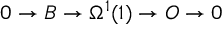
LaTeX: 0 \rightarrow { \cal B } \rightarrow \Omega ^ { 1 } ( 1 ) \rightarrow { \cal O } \rightarrow 0